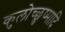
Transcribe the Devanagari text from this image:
कुलोच्छुष्मादि